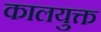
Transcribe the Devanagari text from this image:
कालयुक्त